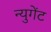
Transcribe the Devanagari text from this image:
न्युगेंट